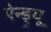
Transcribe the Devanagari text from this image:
ऐन्ड्र्यू